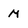
Character: m